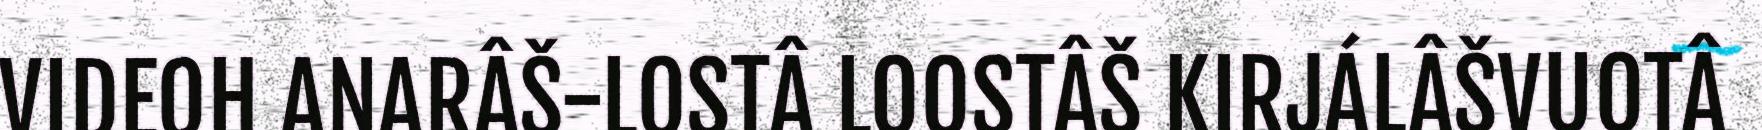
VIDEOH ANARÂŠ-LOSTÂ LOOSTÂŠ KIRJÁLÂŠVUOTÂ